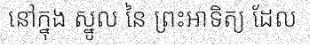
នៅក្នុង ស្នូល នៃ ព្រះអាទិត្យ ដែល